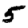
Digit: 5